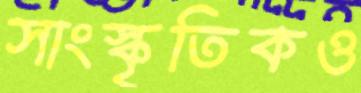
সাংস্কৃতিকও